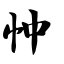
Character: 忡